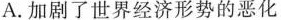
A.加剧了世界经济形势的恶化